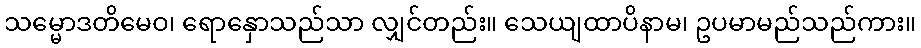
သမ္မောဒတိမေဝ၊ ရောနှောသည်သာ လျှင်တည်း။ သေယျထာပိနာမ၊ ဥပမာမည်သည်ကား။